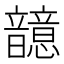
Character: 䪰